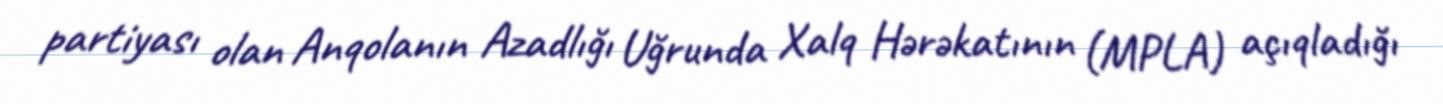
partiyası olan Anqolanın Azadlığı Uğrunda Xalq Hərəkatının (MPLA) açıqladığı